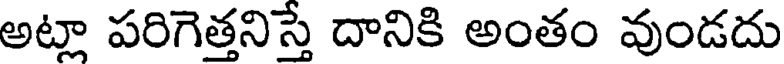
అట్లా పరిగెత్తనిస్తే దానికి అంతం వుండదు